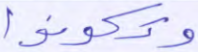
وتكونوا